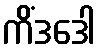
ကိံဒဒေါ